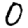
Digit: 0